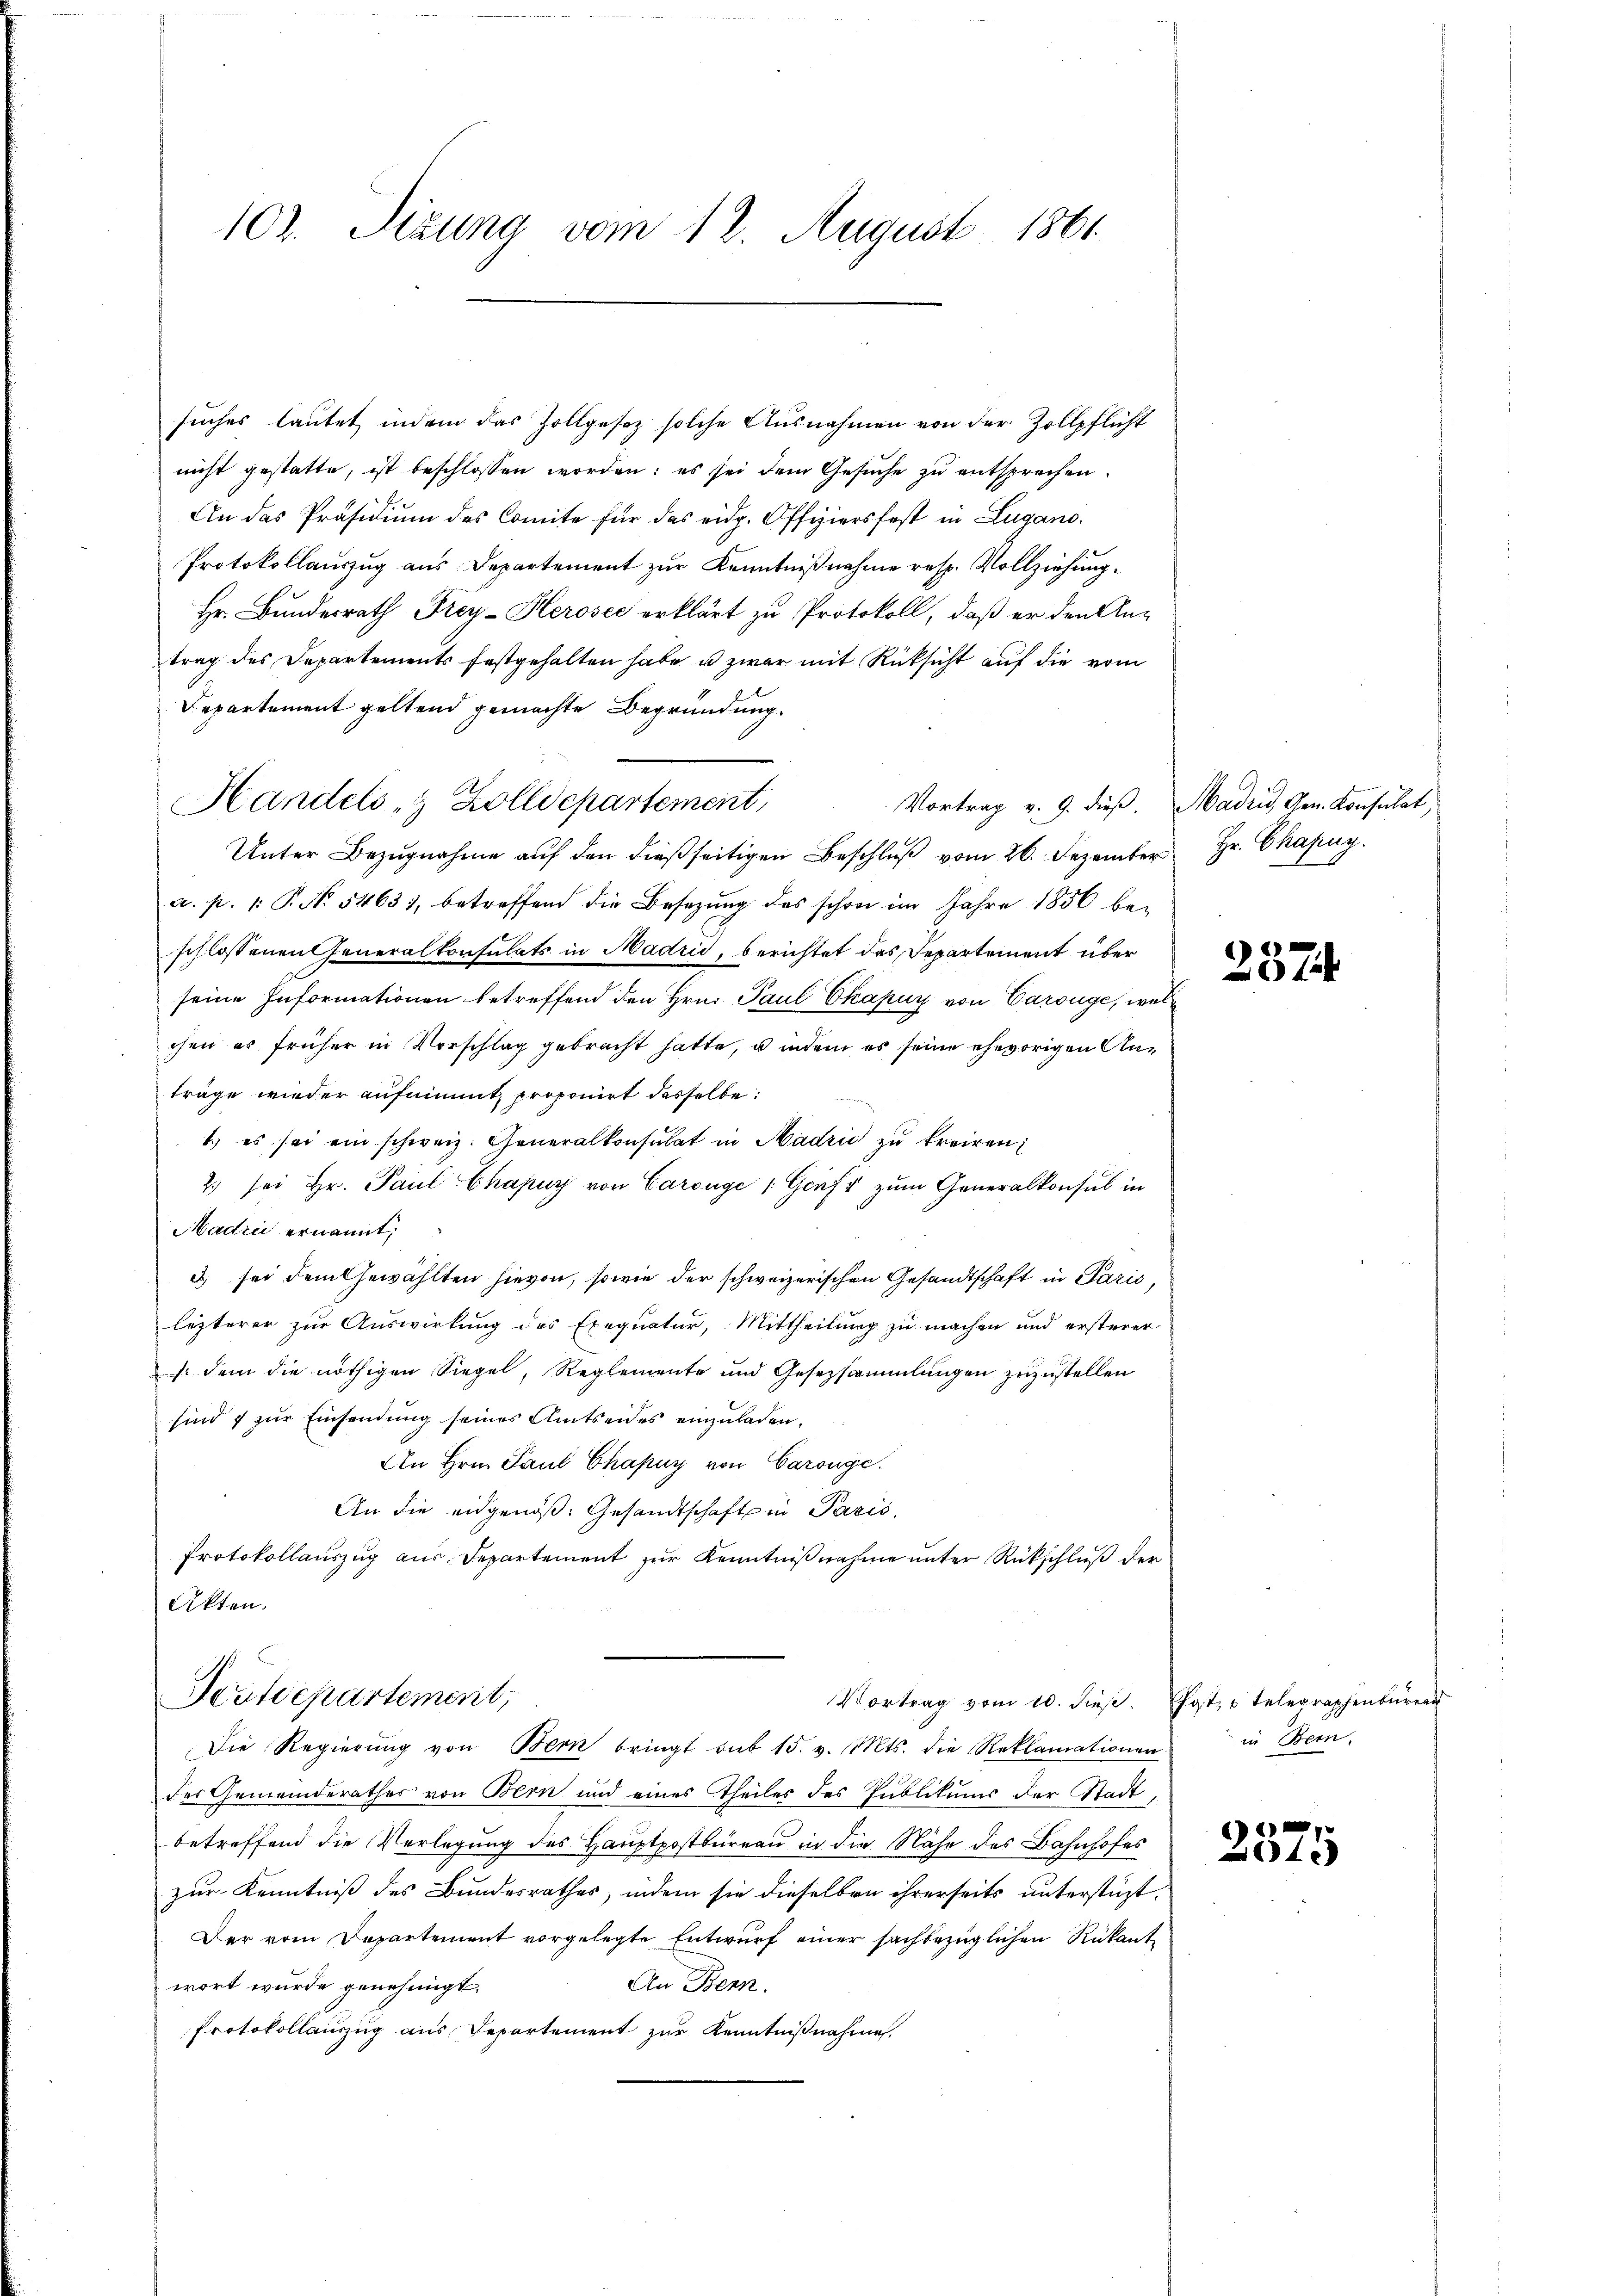
102. Sizung vom 12. August 1861.

suches lautet, indem das Zollgesez solche Ausnahmen von der Zollpflicht
nicht gestatte, ist beschlossen worden: es sei dem Gesuche zu entsprechen.
An das Präsidiŭm des Comite für das eidg. Offiziersfest in Lugano.
Protokollauszug aus Departement zur Kenntnißnahme resp. Vollziehung
Hr. Bundesrath Frey-Herosec erklärt zu Protokoll, daß er den Antrag des Departements festgehalten habe u zwar mit Rücksicht auf die vom
Departement geltend gemachte Begründung.
Unter Bezŭgnahme aŭf den dießseitigen Beschlŭβ vom 26. Dezember Hr. Chapuy
a. p. 1. P. No. 54631, betreffend die Besetzŭng des schon im Jahre 1856 be-
schlossenen Generalkonsulats in Madrid, berichtet das Departement über
seine Informationen betreffend den Hrn. Paul Ekapur von Carsüge, wel
chen es früher in Vorschlag gebracht hatte, u indem es seine ehevorigen Anträge wieder aufnimmt, proponirt desselbe:
1.) es sei ein schweiz. Generalkonsulat in Madrić zu kreiren;
2) sei Hr. Paul Chapur von Carouge (Genf zum Generalkonsul in
Hadrii ernannt,
3 sei dem Gewählten hievon, sowie der schweizerischen Gesandtschaft in Paris,
lezterer zur Auswirkung des Exequatur, Mittheilung zu machen und ersterer
s: dem die nöthigen Siegel, Reglemente und Gesetzsammlungen zuzustellen
sind 1 zur Einsendung seines Amtseides einzuladen.
An Hrn. Paul Chapuy von Carouge.
An die eidgenoß. Gesandtschaft in Pasis,
Protokollauszug aus Departement zur Kenntnißnahme unter Rückschluß der
Akten.

Handels- & Zolldepartement,

Pestdepartement,
Vortrag vom 10. dieß. Post- u Telegraphenburen
Die Regierŭng von Bern bringt aus 15. v. Mts. die Reklamationen

Vortrag v. 9. dieß. Madrid, Gen. Konsulat,

der Gemeinderathes von Bern und eines Theiles des Publikums der Stadtbetreffend die Verlegung des Hauptpostbüreau in die Nähe des Bahnhofes
zur Kenntniß des Bundesrathes, indem sie dieselben ihrerseits unterstüzt.
Der vom Departement vorgelegte Entwurf einer sachbezüglichen Rükant
An Bern.
wort wurde genehmigt.
Protokollauszug aus Departement zur Kenntnißnahme.

237

in Bern.

2575